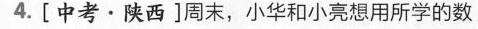
4. [中考·陕西]周末，小华和小亮想用所学的数